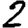
Digit: 2